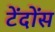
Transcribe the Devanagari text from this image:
टेंदोंस